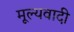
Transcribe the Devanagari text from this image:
मूल्यवादी